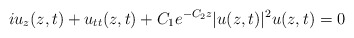
\begin{align*} iu_z(z,t)+ u_{tt}(z,t)+C_1e^{-C_2 z} |u(z,t)|^2u(z,t)=0\end{align*}